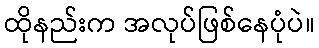
ထိုနည်းက အလုပ်ဖြစ်နေပုံပဲ။